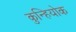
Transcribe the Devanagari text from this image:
कुन्हियोक